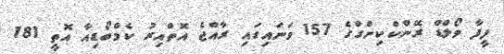
ފީފާ ވޯލްޑް ރޭންކްކިންގްގެ 157 ވަނައިގައި ރާއްޖެ އޮތްއިރު ކެމްބޯޑިއާ އޮތީ 181